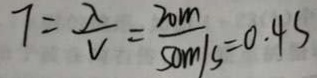
7 = \frac { \lambda } { V } = \frac { 2 0 m } { 5 0 m / s } = 0 . 4 s